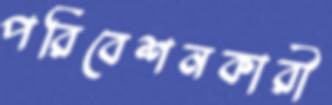
পরিবেশনকারী